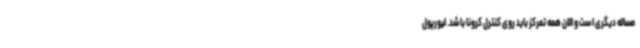
مساله دیگری است و الان همه تمرکز باید روی کنترل کرونا باشد. لیورپول